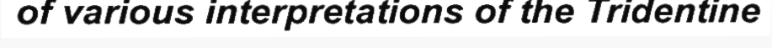
of various interpretations of the Tridentine